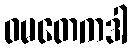
ဝမတေကဒါ